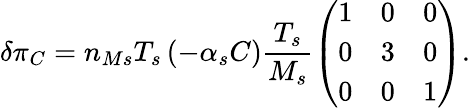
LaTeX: \delta\pi_{C}=n_{Ms}T_{s}\left(-\alpha_{s}C\right)\frac{T_{s}}{M_{s}}\left(\begin{array}{ccc}{1}&{0}&{0}\\ {0}&{3}&{0}\\ {0}&{0}&{1}\end{array}\right).